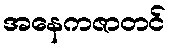
အနေကဇာတင်